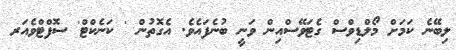
ލިބޭނެ ކަމަށް މޯލްޑިވްސް ގެޓަވޭސްއިން ވަނީ ބުނެފައެވެ. އެގޮތުން ' ކަނެކްޓް' ސޮފްޓްވެއަރ